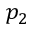
p _ { 2 }